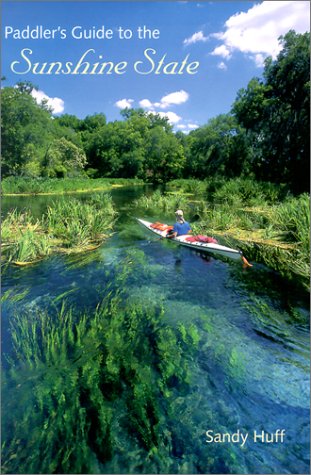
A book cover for Paddler's Guide to the Sunshine State; Sandy Huff; Travel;